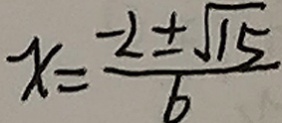
x = \frac { - 2 \pm \sqrt { 1 5 } } { 6 }